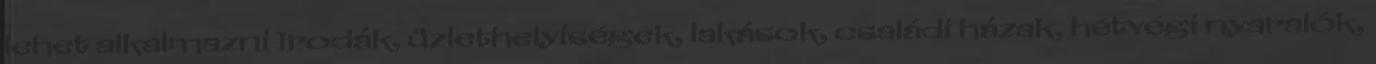
lehet alkalmazni Irodák, üzlethelyiségek, lakások, családi házak, hétvégi nyaralók,